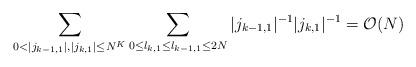
LaTeX: \begin{align*} \sum_{0<|j_{k-1,1}|,|j_{k,1}|\leq N^K}\sum_{0\leq l_{k,1}\leq l_{k-1,1}\leq 2N}|j_{k-1,1}|^{-1}|j_{k,1}|^{-1}=\mathcal{O}(N)\end{align*}